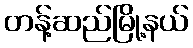
တန့်ဆည်မြို့နယ်